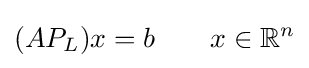
(AP_{L})x=b\qquad x\in \mathbb {R} ^{n}